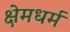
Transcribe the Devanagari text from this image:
क्षेमधर्म